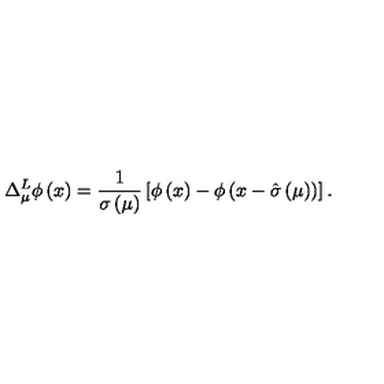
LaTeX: \Delta _ { \mu } ^ { L } \phi \left( x \right) = { \frac { 1 } { \sigma \left( \mu \right) } } \left[ \phi \left( x \right) - \phi \left( x - \hat { \sigma } \left( \mu \right) \right) \right] .